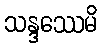
သန္ဒဿေမိ